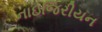
નાઇજિરીયન